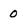
Character: 0